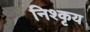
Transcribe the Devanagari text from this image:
निश्कृय